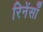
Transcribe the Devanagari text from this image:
रिनेंसाँ